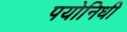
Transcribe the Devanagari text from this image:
पयोनिधी